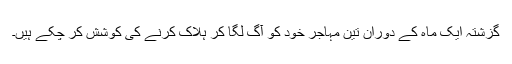
گزشتہ ایک ماہ کے دوران تین مہاجر خود کو آگ لگا کر ہلاک کرنے کی کوشش کر چکے ہیں۔